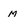
Character: m